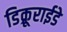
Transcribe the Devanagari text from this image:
डिक्रूराईडे